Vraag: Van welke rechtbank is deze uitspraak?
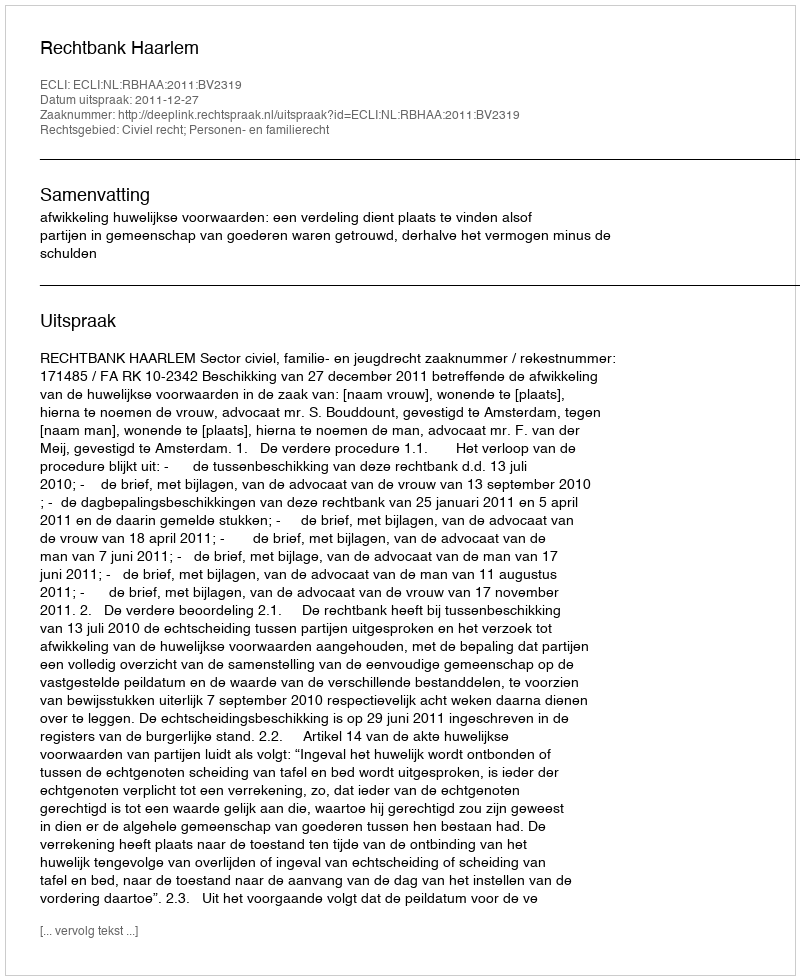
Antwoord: Rechtbank Haarlem